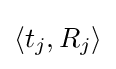
\langle t_{j},R_{j}\rangle